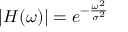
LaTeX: | H ( \omega ) | = e ^ { - { \frac { \omega ^ { 2 } } { \sigma ^ { 2 } } } }